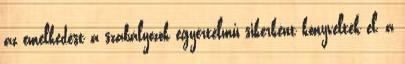
az emelkedést a szabályozók egyértelmű sikerként könyvelték el, a